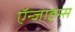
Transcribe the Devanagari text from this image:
ऍन्जाइम्स